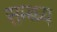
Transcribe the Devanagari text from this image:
सम्ब्ध्य